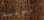
التربية